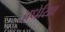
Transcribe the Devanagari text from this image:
अधेसिव